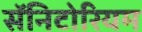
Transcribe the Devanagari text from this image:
सॅनिटोरियम